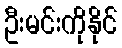
ဦးမင်းကိုနိုင်